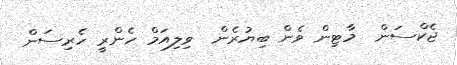
ޖެކްސަން  މާޓިން ވެން ބިޔުރެން  ވިލިއަމް ހެންރީ ހެރިސަން